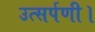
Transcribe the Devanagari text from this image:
उत्सर्पणी।